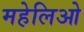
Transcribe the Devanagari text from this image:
महेलिओ